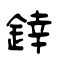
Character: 﨨